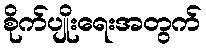
စိုက်ပျိုးရေးအတွက်